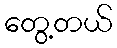
တွေ့တယ်